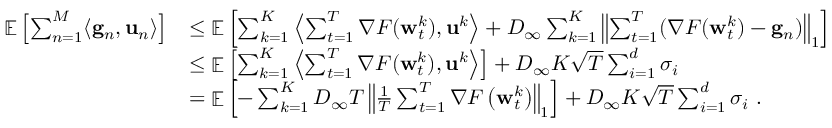
\begin{array} { r l } { \mathop { \mathbb { E } } \left[ \sum _ { n = 1 } ^ { M } \langle \mathbf { g } _ { n } , \mathbf { u } _ { n } \rangle \right] } & { \le \mathop { \mathbb { E } } \left[ \sum _ { k = 1 } ^ { K } \left\langle \sum _ { t = 1 } ^ { T } \nabla F ( { \mathbf w } _ { t } ^ { k } ) , \mathbf { u } ^ { k } \right\rangle + D _ { \infty } \sum _ { k = 1 } ^ { K } \left\| \sum _ { t = 1 } ^ { T } ( \nabla F ( { \mathbf w } _ { t } ^ { k } ) - \mathbf { g } _ { n } ) \right\| _ { 1 } \right] } \\ & { \le \mathop { \mathbb { E } } \left[ \sum _ { k = 1 } ^ { K } \left\langle \sum _ { t = 1 } ^ { T } \nabla F ( { \mathbf w } _ { t } ^ { k } ) , \mathbf { u } ^ { k } \right\rangle \right] + D _ { \infty } K \sqrt { T } \sum _ { i = 1 } ^ { d } \sigma _ { i } } \\ & { = \mathop { \mathbb { E } } \left[ - \sum _ { k = 1 } ^ { K } D _ { \infty } T \left\| \frac { 1 } { T } \sum _ { t = 1 } ^ { T } \nabla F \left( { \mathbf w } _ { t } ^ { k } \right) \right\| _ { 1 } \right] + D _ { \infty } K \sqrt { T } \sum _ { i = 1 } ^ { d } \sigma _ { i } ~ . } \end{array}